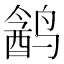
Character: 𱊣